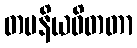
တပနိယဝိတတာ